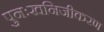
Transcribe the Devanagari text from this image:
पुनःखनिजीकरण